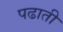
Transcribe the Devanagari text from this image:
पढाती